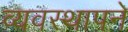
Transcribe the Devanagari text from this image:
व्यवस्थापने